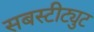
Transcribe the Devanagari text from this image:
सबस्टीट्युट